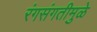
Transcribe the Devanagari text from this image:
रंगसंगतीमुळे